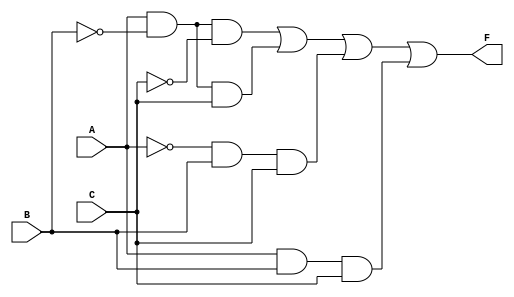
module EPI_Identification (
    input wire A,  // Input variable A
    input wire B,  // Input variable B
    input wire C,  // Input variable C
    output wire F  // Output of the Boolean function
);

// Minterm identification
wire minterm_1 = A & ~B & ~C;  // 1 (001)
wire minterm_2 = A & ~B & C;   // 2 (011)
wire minterm_5 = ~A & B & C;   // 5 (101)
wire minterm_6 = A & B & C;    // 6 (111)

// Combine identified minterms to form the function F
assign F = minterm_1 | minterm_2 | minterm_5 | minterm_6;

endmodule